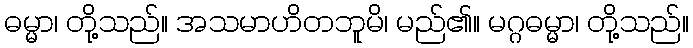
ဓမ္မာ၊ တို့သည်။ အသမာဟိတဘူမိ၊ မည်၏။ မဂ္ဂဓမ္မာ၊ တို့သည်။